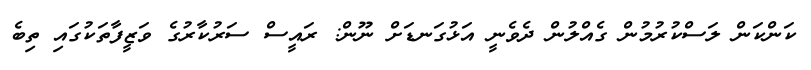
ކަންކަން ލަސްކުރުމުން ގެއްލުން ދެވެނީ އަޅުގަނޑަށް ނޫން: ރައީސް ސަރުކާރުގެ ވަޒީފާތަކުގައި ތިބެ